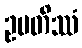
ဥပတိဿံ